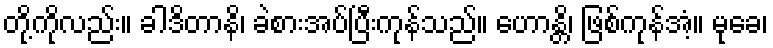
တို့ကိုလည်း။ ခါဒိတာနိ၊ ခဲစားအပ်ပြီးကုန်သည်။ ဟောန္တိ၊ ဖြစ်ကုန်အံ့။ မုခေ၊